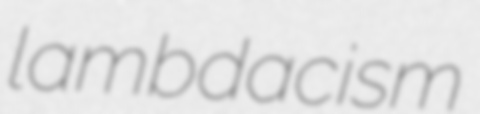
lambdacism